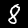
Digit: 8